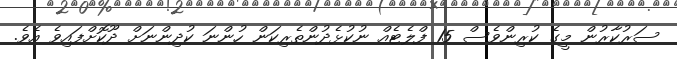
ސަރުކާރުން މީގެ ކުރިންވެސް 15 ފްލެޓެއް ނުކުޅެދުންތެރިކަން ހުންނަ ކުދިންނަށް ދޫކޮށްފައިވެ އެވެ.